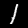
Label: 1